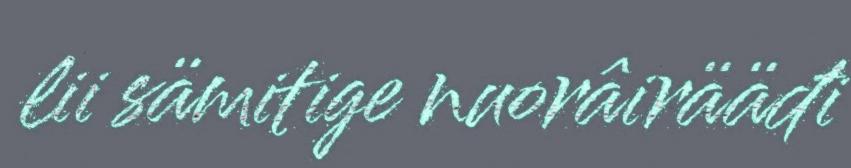
lii sämitige nuorâirääđi